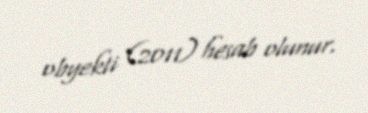
obyekti (2011) hesab olunur.